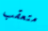
متعقب